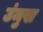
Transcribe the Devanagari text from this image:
उंमुख